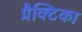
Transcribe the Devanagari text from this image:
प्रैक्टिका